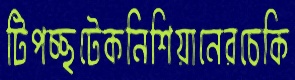
টিপচ্ছটেকনিশিয়ানেরচেকি